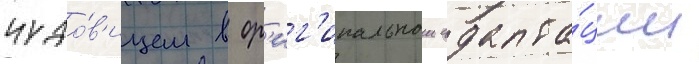
чудо́в'ищем в ор'иг'инальнои адапта́ции